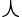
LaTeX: \curlywedge